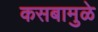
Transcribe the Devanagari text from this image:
कसबामुळे